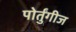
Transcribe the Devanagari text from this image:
पोर्तुंगीज